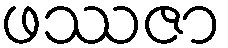
ဖဿဇာ